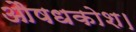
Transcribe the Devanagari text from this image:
औषधकोश।